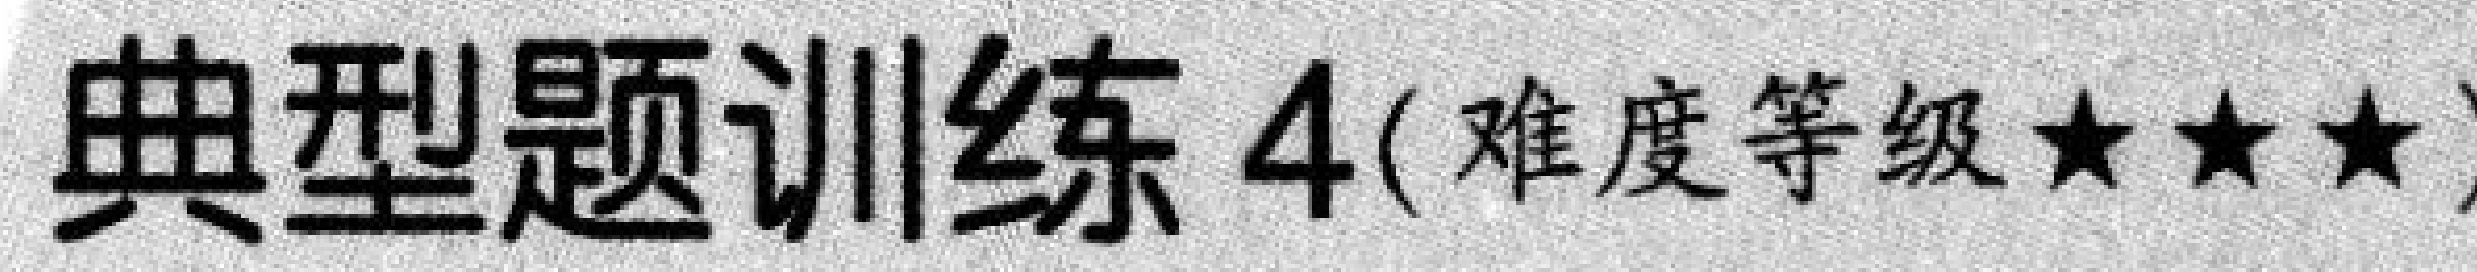
典型题训练 4( 难度等级★★★)